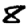
Digit: 8